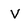
Character: V